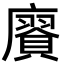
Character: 𢋫